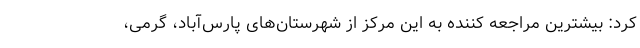
کرد: بیشترین مراجعه کننده به این مرکز از شهرستان‌های پارس‌آباد، گرمی،